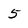
Character: 5